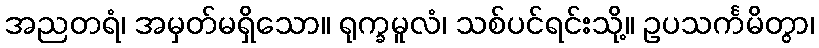
အညတရံ၊ အမှတ်မရှိသော။ ရုက္ခမူလံ၊ သစ်ပင်ရင်းသို့။ ဥပသင်္ကမိတွာ၊